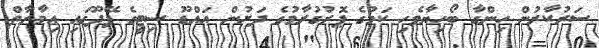
ސަރުކާރުން ހިންގާ ބޯހިޔާވެހި ކަމުގެ ޕޮރުގުރާމުގެ ދަށުން އައްޑޫ ސިޓީގެ ފޭދޫގައި އިމާރާތް